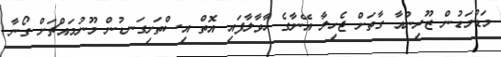
މަޑުމަޑުން ޒޫރިންއާ ގާތަށް ޖެހިލާ އޭނާގެ ހާވާލާފައި އޮތް އިސްތަށިގަނޑުން މޫނުމައްޗަށް ގޯނާ